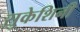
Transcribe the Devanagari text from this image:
सुकेशिनी